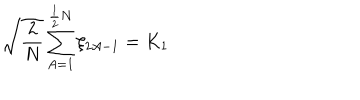
LaTeX: \sqrt { \frac { 2 } { N } } \sum _ { A = 1 } ^ { \frac { 1 } { 2 } N } \xi _ { 2 A - 1 } = K _ { 1 }